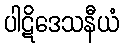
ပါဋိဒေသနီယံ